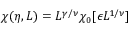
\chi ( \eta , L ) = L ^ { \gamma / \nu } \chi _ { 0 } [ \epsilon L ^ { 1 / \nu } ]